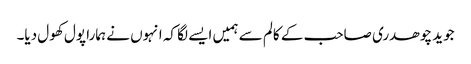
جوید چوھدری صاحب کے کالم سے ہمیں ایسے لگا کہ انہوں نے ہمارا پول کھول دیا۔